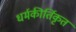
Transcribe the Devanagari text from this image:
धर्मकीर्तिकृत